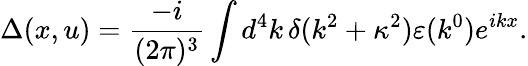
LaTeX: \Delta(x,u)=\frac{-i}{(2\pi)^{3}}\int d^{4}k\, \delta(k^{2}+\kappa^{2})\varepsilon(k^{0})e^{ikx}.